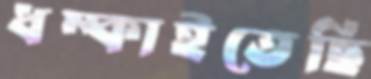
ধম্‌কাইতেছি